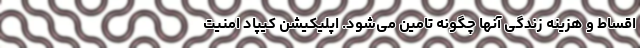
اقساط و هزینه زندگی آنها چگونه تامین می‌شود. اپلیکیشن کیپاد امنیت